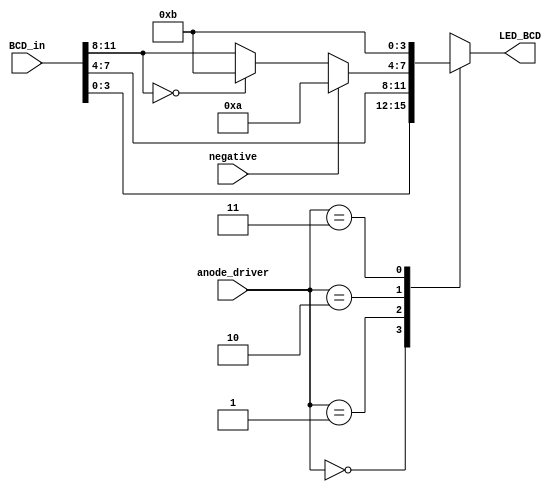
`timescale 1ns / 1ps
//////////////////////////////////////////////////////////////////////////////////
// Company: 
// Engineer: 
// 
// Design Name: 
// Module Name: cathode_driver
// Project Name: 
// Target Devices: 
// Tool Versions: 
// Description: 
// 
// Dependencies: 
// 
// Revision:
// Revision 0.01 - File Created
// Additional Comments:
// 
//////////////////////////////////////////////////////////////////////////////////


module cathode_driver(
    input [1:0] anode_driver,
    input negative,
    input [11:0] BCD_in,
    output reg [3:0] LED_BCD
    );
    
    
    always @(*)
    begin
        case(anode_driver)  //sets the output to the seven segment display to be one of three decimal digits from the BCD conversion.
            2'b00: LED_BCD = BCD_in[3:0];
            2'b01: LED_BCD = BCD_in[7:4];
            2'b10: 
            begin
                if (negative == 1) //set the third seven segment display to a negative sign if the result of the calculation is negative
                    LED_BCD = 4'b1010;
                else if (BCD_in[11:8] == 0)
                    LED_BCD = 4'b1011;
                else
                    LED_BCD = BCD_in[11:8];
            end
            2'b11: LED_BCD = 4'b1011; //The largest possible result is 961, so only three digits are needed. The fourth will always be off.

        endcase
    end
    
    
    
endmodule